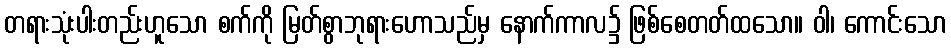
တရားသုံးပါးတည်းဟူသော စက်ကို မြတ်စွာဘုရားဟောသည်မှ နောက်ကာလ၌ ဖြစ်စေတတ်ထသော။ ဝါ၊ ကောင်းသော